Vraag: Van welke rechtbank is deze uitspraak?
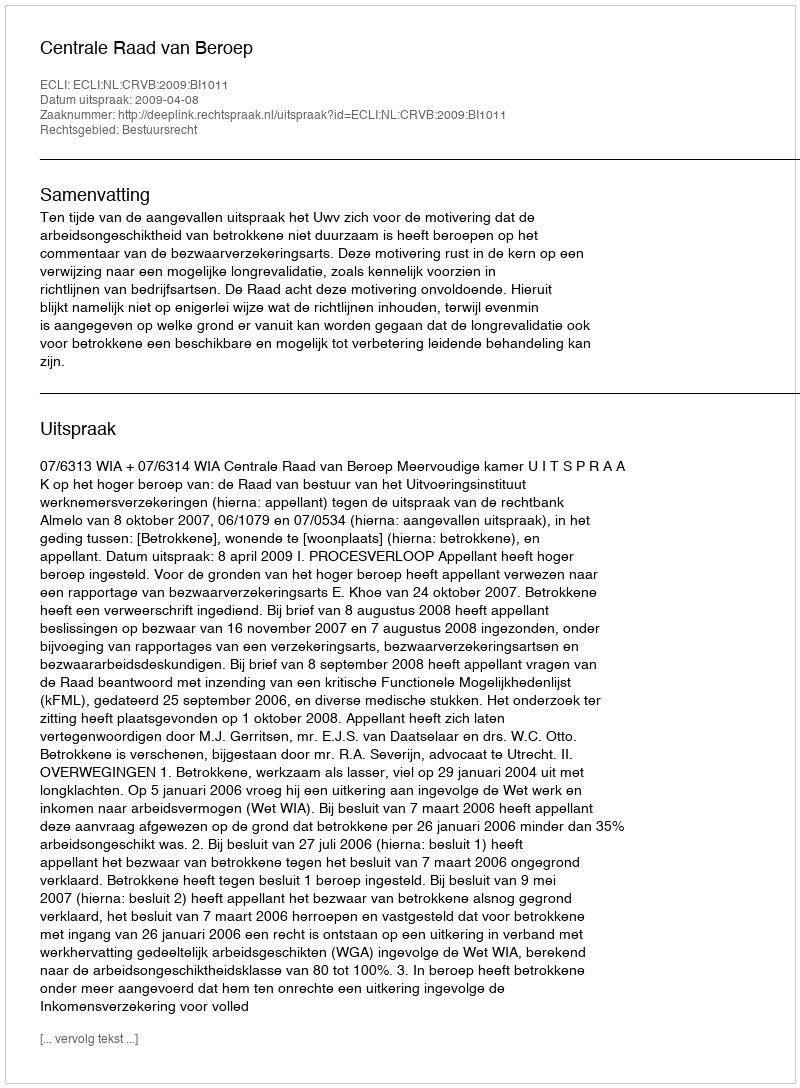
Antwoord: Centrale Raad van Beroep